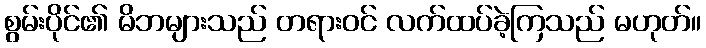
စွမ်းပိုင်၏ မိဘများသည် တရားဝင် လက်ထပ်ခဲ့ကြသည် မဟုတ်။